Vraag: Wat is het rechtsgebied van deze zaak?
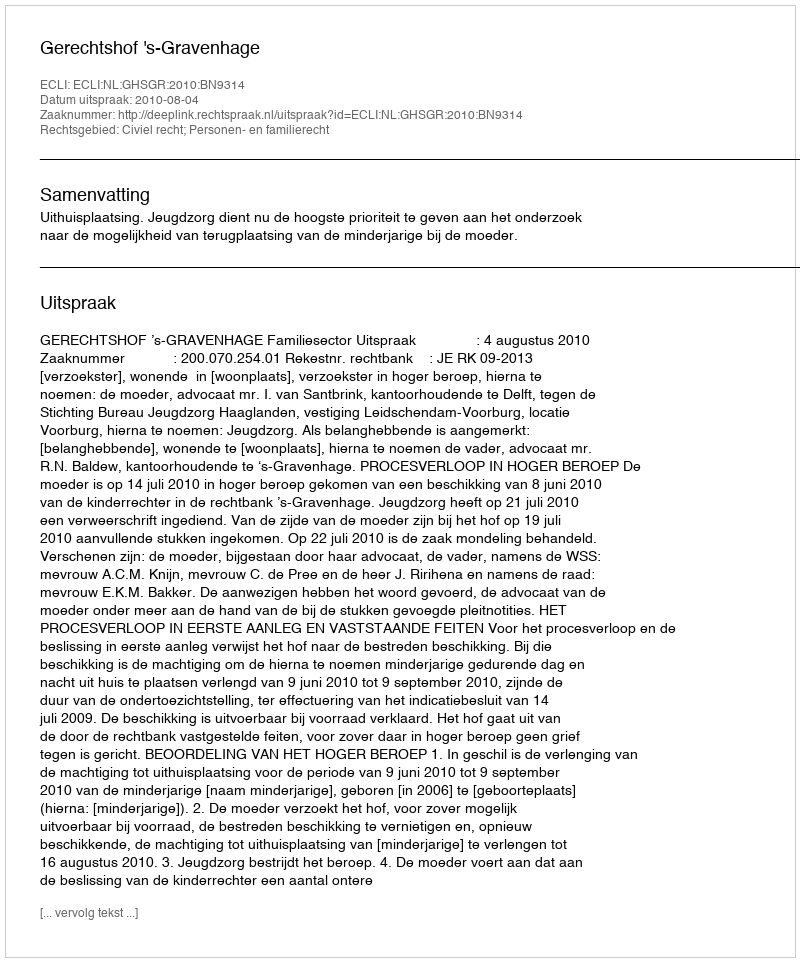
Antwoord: Civiel recht; Personen- en familierecht